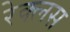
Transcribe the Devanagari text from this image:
रेक्लस